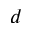
^ Ḋ d Ḍ